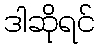
ဒါဆိုရင်